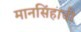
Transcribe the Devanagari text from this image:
मानसिंहाची